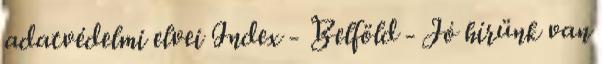
adatvédelmi elvei Index - Belföld - Jó hírünk van